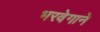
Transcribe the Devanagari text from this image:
भरवेगाने